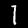
Digit: 1